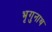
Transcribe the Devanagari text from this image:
भृगुनाथ